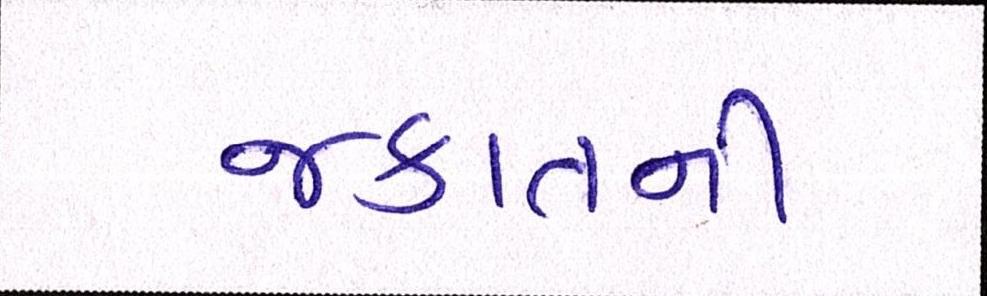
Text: જકાતની